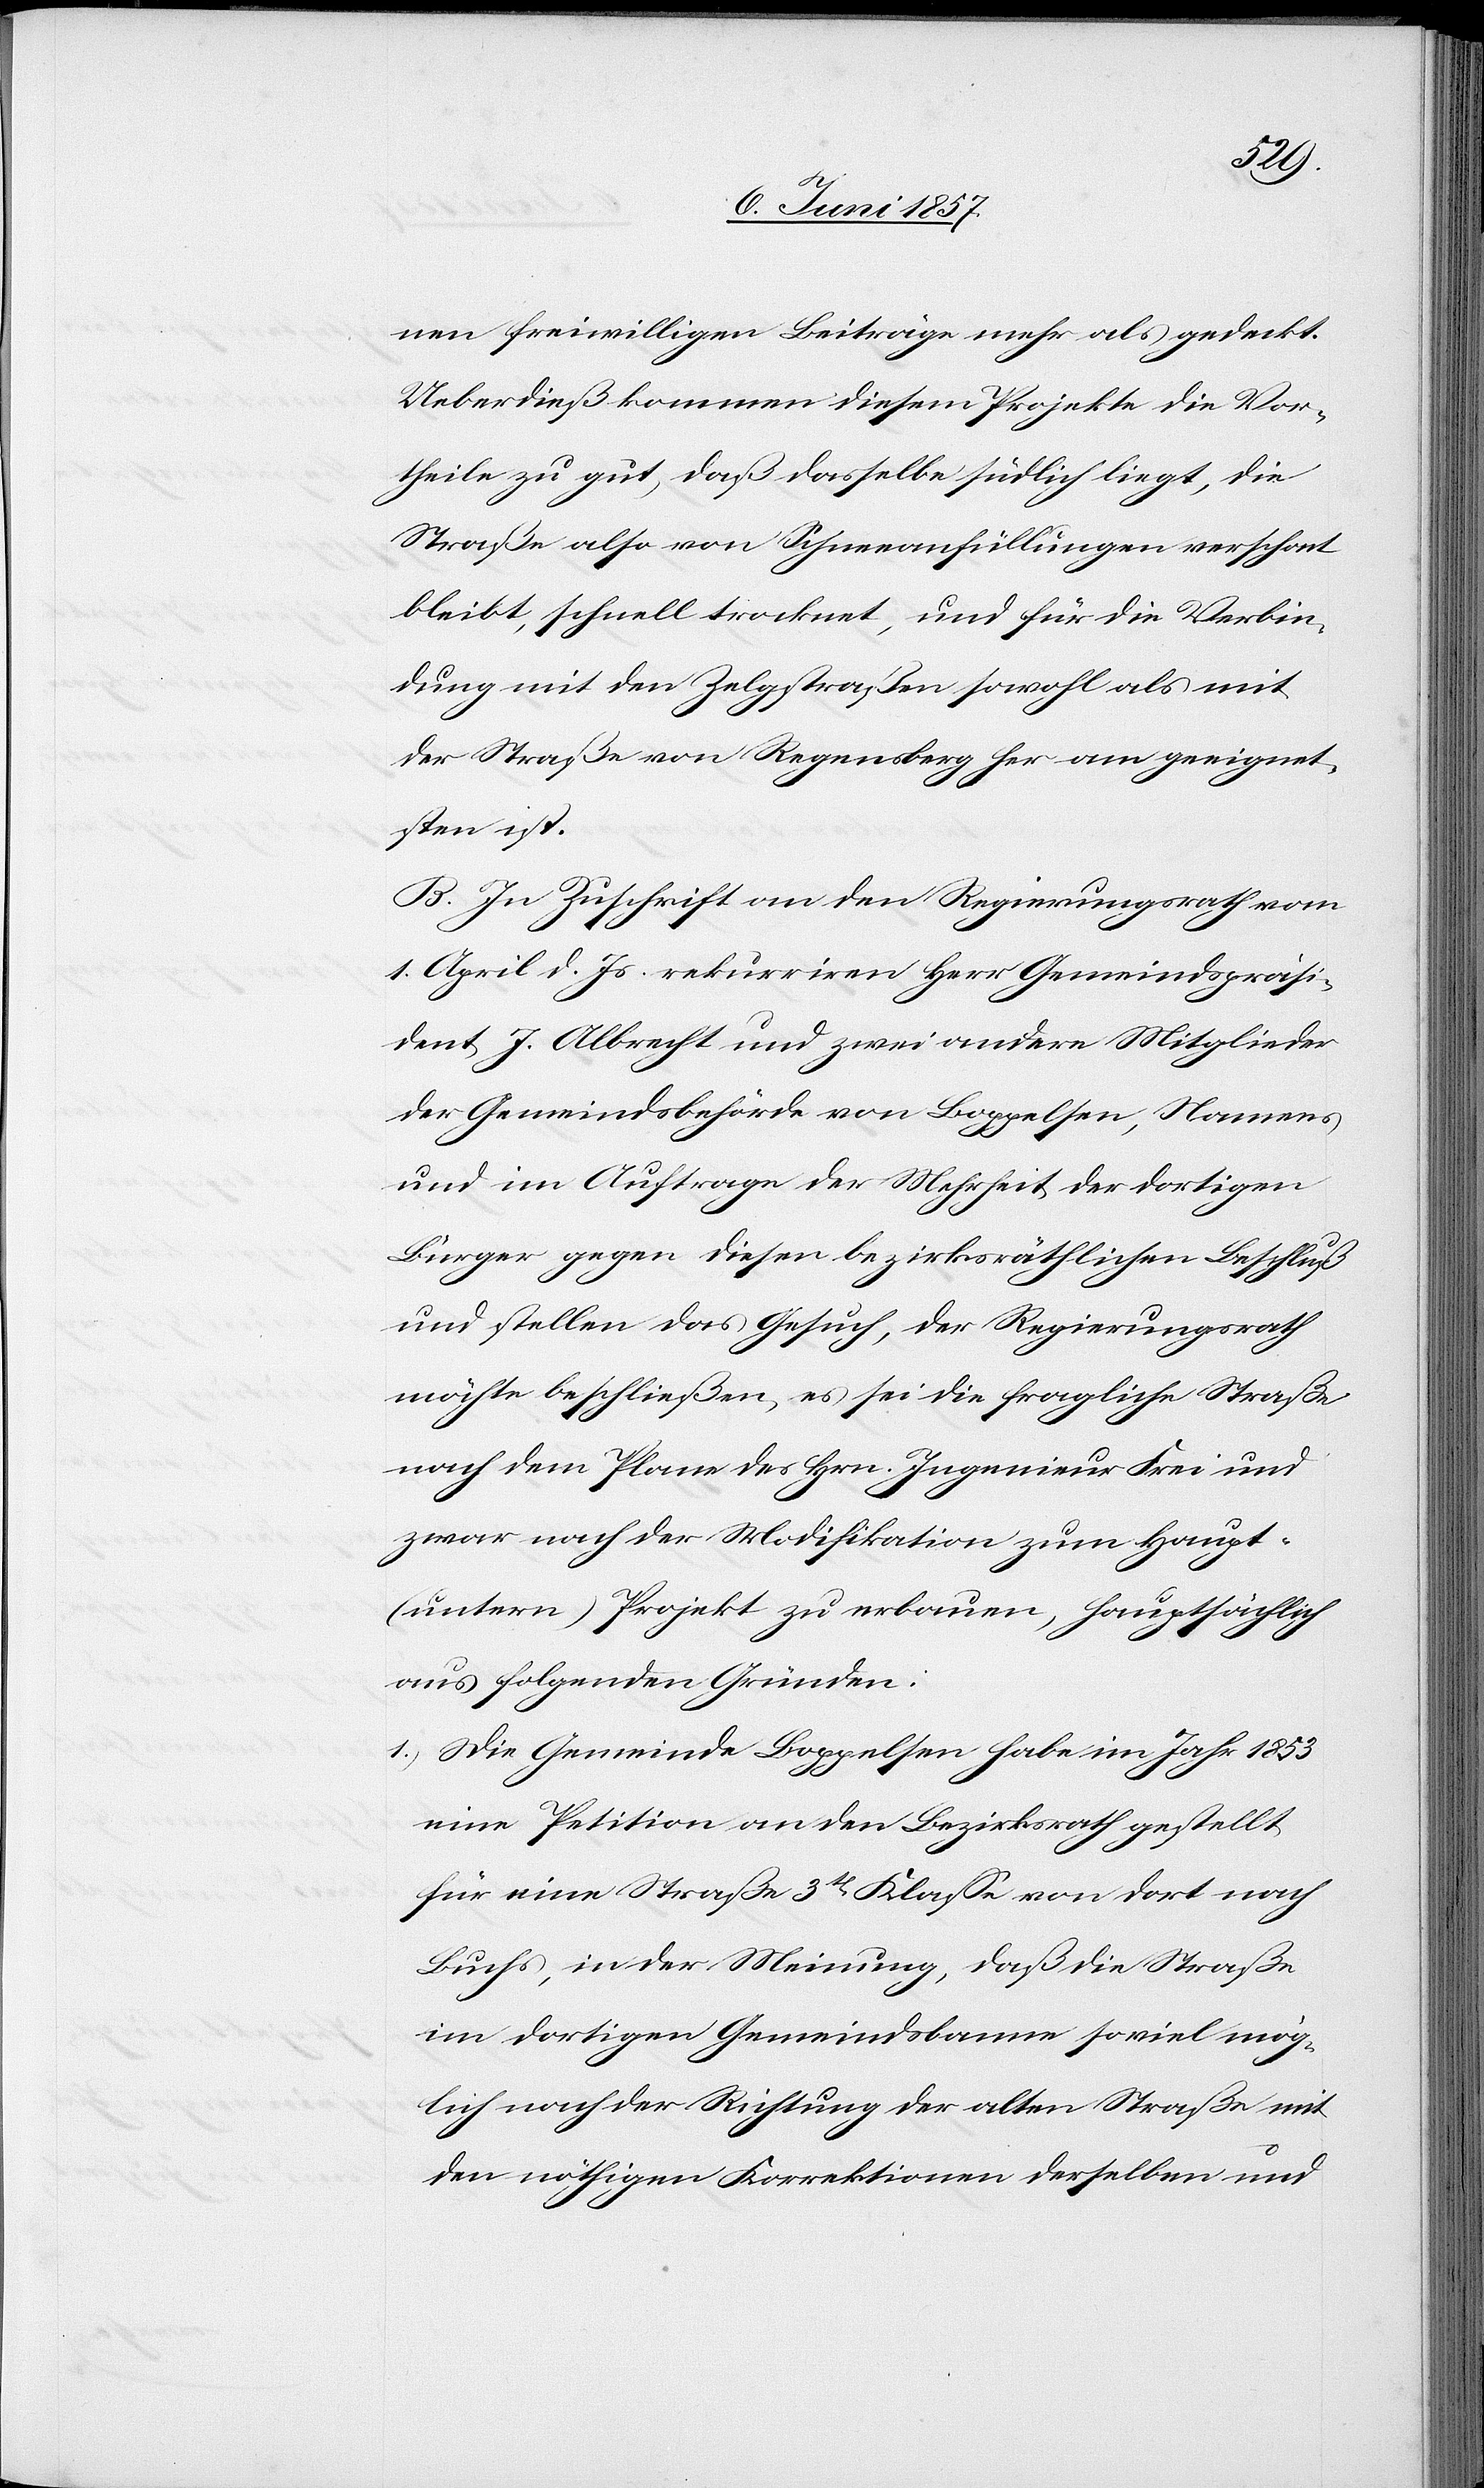
nen freiwilligen Beiträge mehr als gedeckt.
Ueberdieß kommen diesem Projekte die Vor¬
theile zu gut, daß dasselbe südlich liegt, die
Straße also von Schneeanfüllungen verschont
bleibt, schnell trocknet, und für die Verbin¬
dung mit den Zelgstraßen sowohl als mit
der Straße von Regensberg her am geeignet¬
sten ist.
B. In Zuschrift an den Regierungsrath vom
1 April d. Js. rekurriren Herr Gemeindspräsi¬
dent J. Albrecht und zwei andere Mitglieder
der Gemeindsbehörde von Boppelsen, Namens
und im Auftrage der Mehrheit der dortigen
Bürger gegen diesen bezirksräthlichen Beschluß
und stellen das Gesuch, der Regierungsrath
möchte beschließen, es sei die fragliche Straße
nach dem Plane des Hrn. Ingenieur Frei und
zwar nach der Modifikation zum Haupt-
(untern) Projekt zu erbauen, hauptsächlich
aus folgenden Gründen:
1.) Die Gemeinde Boppelsen habe im Jahr 1853
eine Petition an den Bezirksrath gestellt
für eine Straße 3tr Klasse von dort nach
Buchs, in der Meinung, daß die Straße
im dortigen Gemeindsbanne so viel mög¬
lich nach der Richtung der alten Straße mit
den nöthigen Korrektionen derselben und